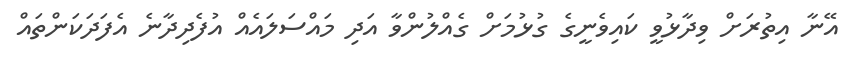
އޭނާ އިތުރަށް ވިދާޅުވީ ކައިވެނީގެ ގުޅުމަށް ގެއްލުންވާ އަދި މައްސަލައެއް އުފެދިދާނެ އެފަދަކަންތައް